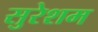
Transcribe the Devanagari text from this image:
सुरेशम